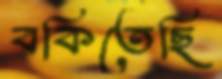
বকিতেছি